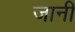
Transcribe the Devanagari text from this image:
जानीं